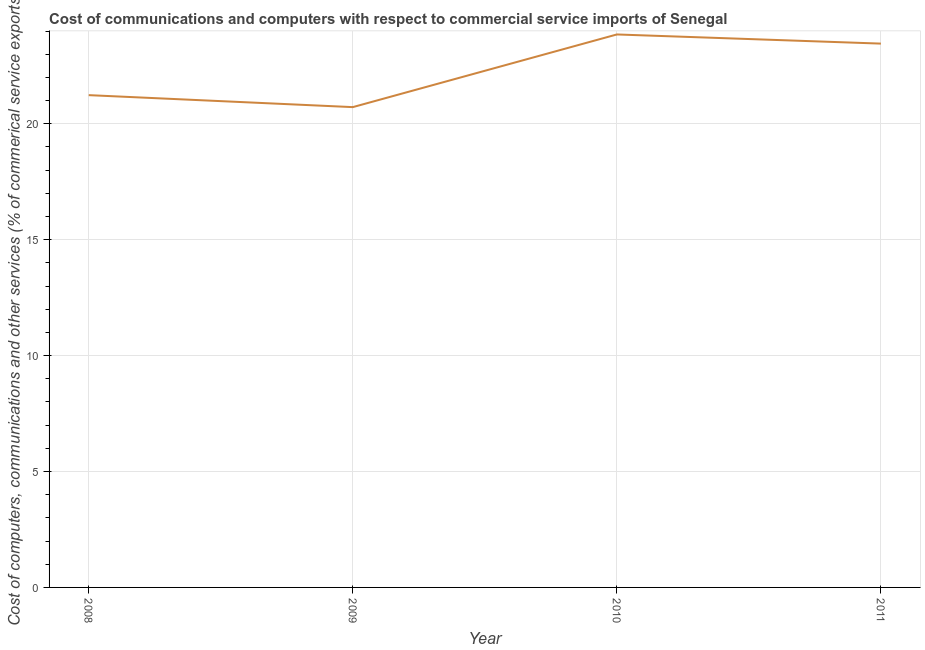
| Year | Computer |
 | --- | --- |
 | 2008 | 21.2 |
 | 2009 | 20.7 |
 | 2010 | 23.9 |
 | 2011 | 23.5 |